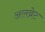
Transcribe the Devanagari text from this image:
अलब्रेट